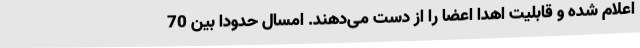
اعلام شده و قابلیت اهدا اعضا را از دست می‌دهند. امسال حدودا بین 70